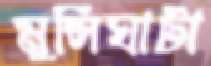
মুন্সিঘাটা